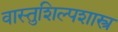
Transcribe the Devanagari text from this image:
वास्तुशिल्पशास्त्र